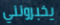
يخبرونني